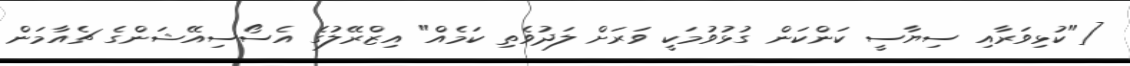
["ކުޅިވަރާއި ސިޔާސީ ކަންކަން ގުޅުވުމަކީ ވަރަށް ލަދުވެތި ކަމެއް" އިޒްރޭލުގެ އެސޯސިއޭޝަންގެ ޗެއާމަން